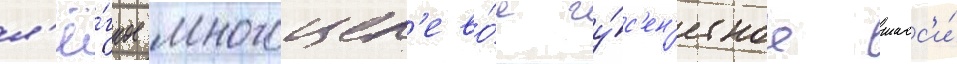
л'ё́гкое многоцел'ево́е гу́с'ен'ичное шасс'и́